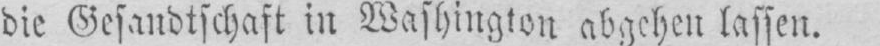
die Gesandtschaft in Washington abgehen lassen.